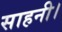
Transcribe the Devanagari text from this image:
साहनी।